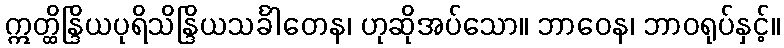
ဣတ္ထိန္ဒြိယပုရိသိန္ဒြိယသင်္ခါတေန၊ ဟုဆိုအပ်သော။ ဘာဝေန၊ ဘာဝရုပ်နှင့်။